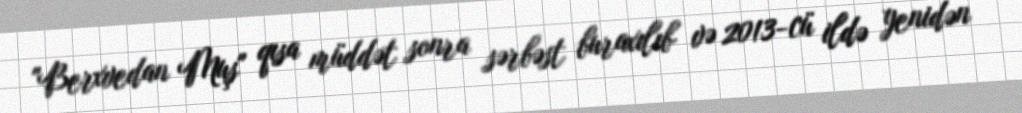
"Berxvedan Muş" qısa müddət sonra sərbəst buraxılıb və 2013-cü ildə yenidən